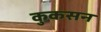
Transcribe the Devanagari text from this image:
कुकसन